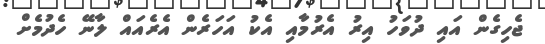
ޖެހިގެން އައި ދުވަހު އިރު އެރުމާއި އެކު އަހަރެން އެރެއައް ލާނޭ ހެދުމެށް